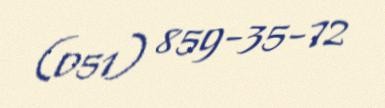
(051) 859-35-72